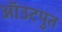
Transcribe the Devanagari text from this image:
ऑउटपुत